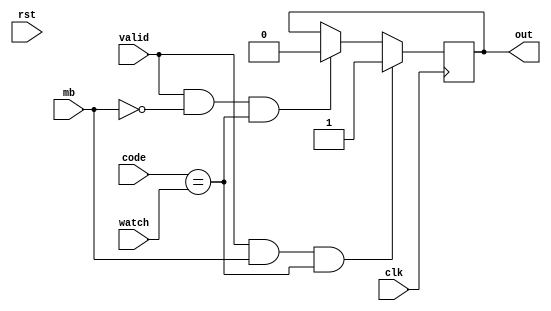
module key_watcher(clk, rst, valid, mb, watch, code, out);
	input clk, rst;
	input [7:0] watch, code;
	input mb, valid;
	output reg out;

	initial out = 1'b0;

	always @ (posedge clk)
		if (valid && mb && code == watch)
			out <= 1'b1;
		else if (valid && !mb && code == watch)
			out <= 1'b0;
endmodule